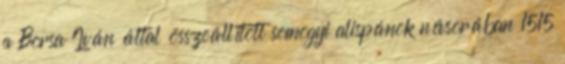
a Borsa Iván által összeállított somogyi alispánok névsorában 1515